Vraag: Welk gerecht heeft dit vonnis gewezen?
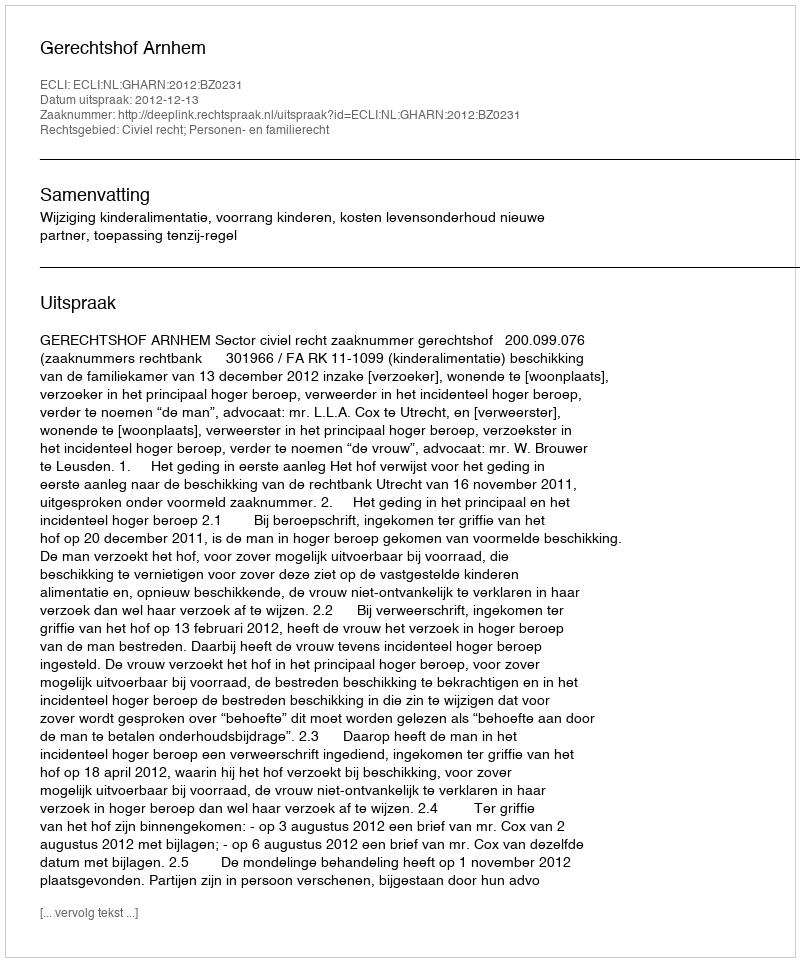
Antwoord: Gerechtshof Arnhem